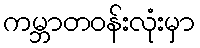
ကမ္ဘာတဝန်းလုံးမှာ